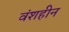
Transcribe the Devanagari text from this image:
वंशहीन